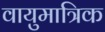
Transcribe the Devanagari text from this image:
वायुमात्रिक